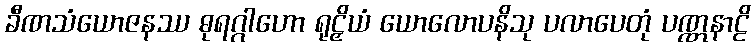
ခီဏသံယောဇနဿ ဓုရဂ္ဂါဟော ရုဠှိယံ ယောလောပနိသု ပလာပေတုံ ပဏ္ဏနာဠိ